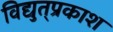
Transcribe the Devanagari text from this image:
विद्युत्‌प्रकाश